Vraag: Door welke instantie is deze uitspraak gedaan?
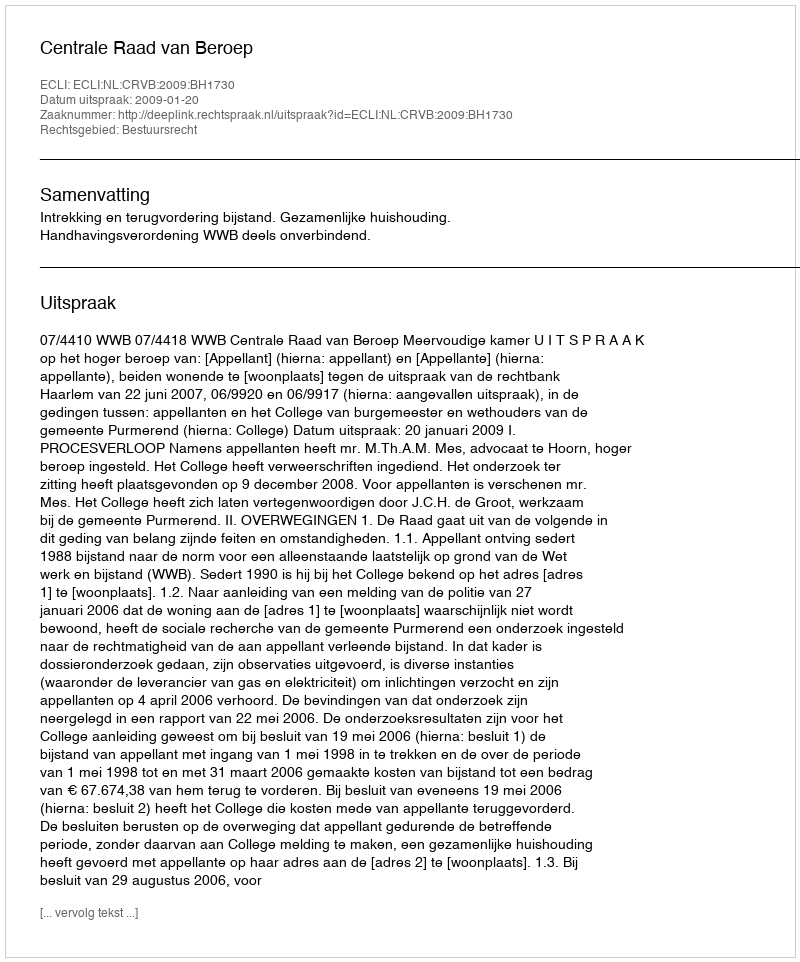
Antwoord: Centrale Raad van Beroep